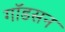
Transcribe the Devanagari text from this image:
गॉडसन